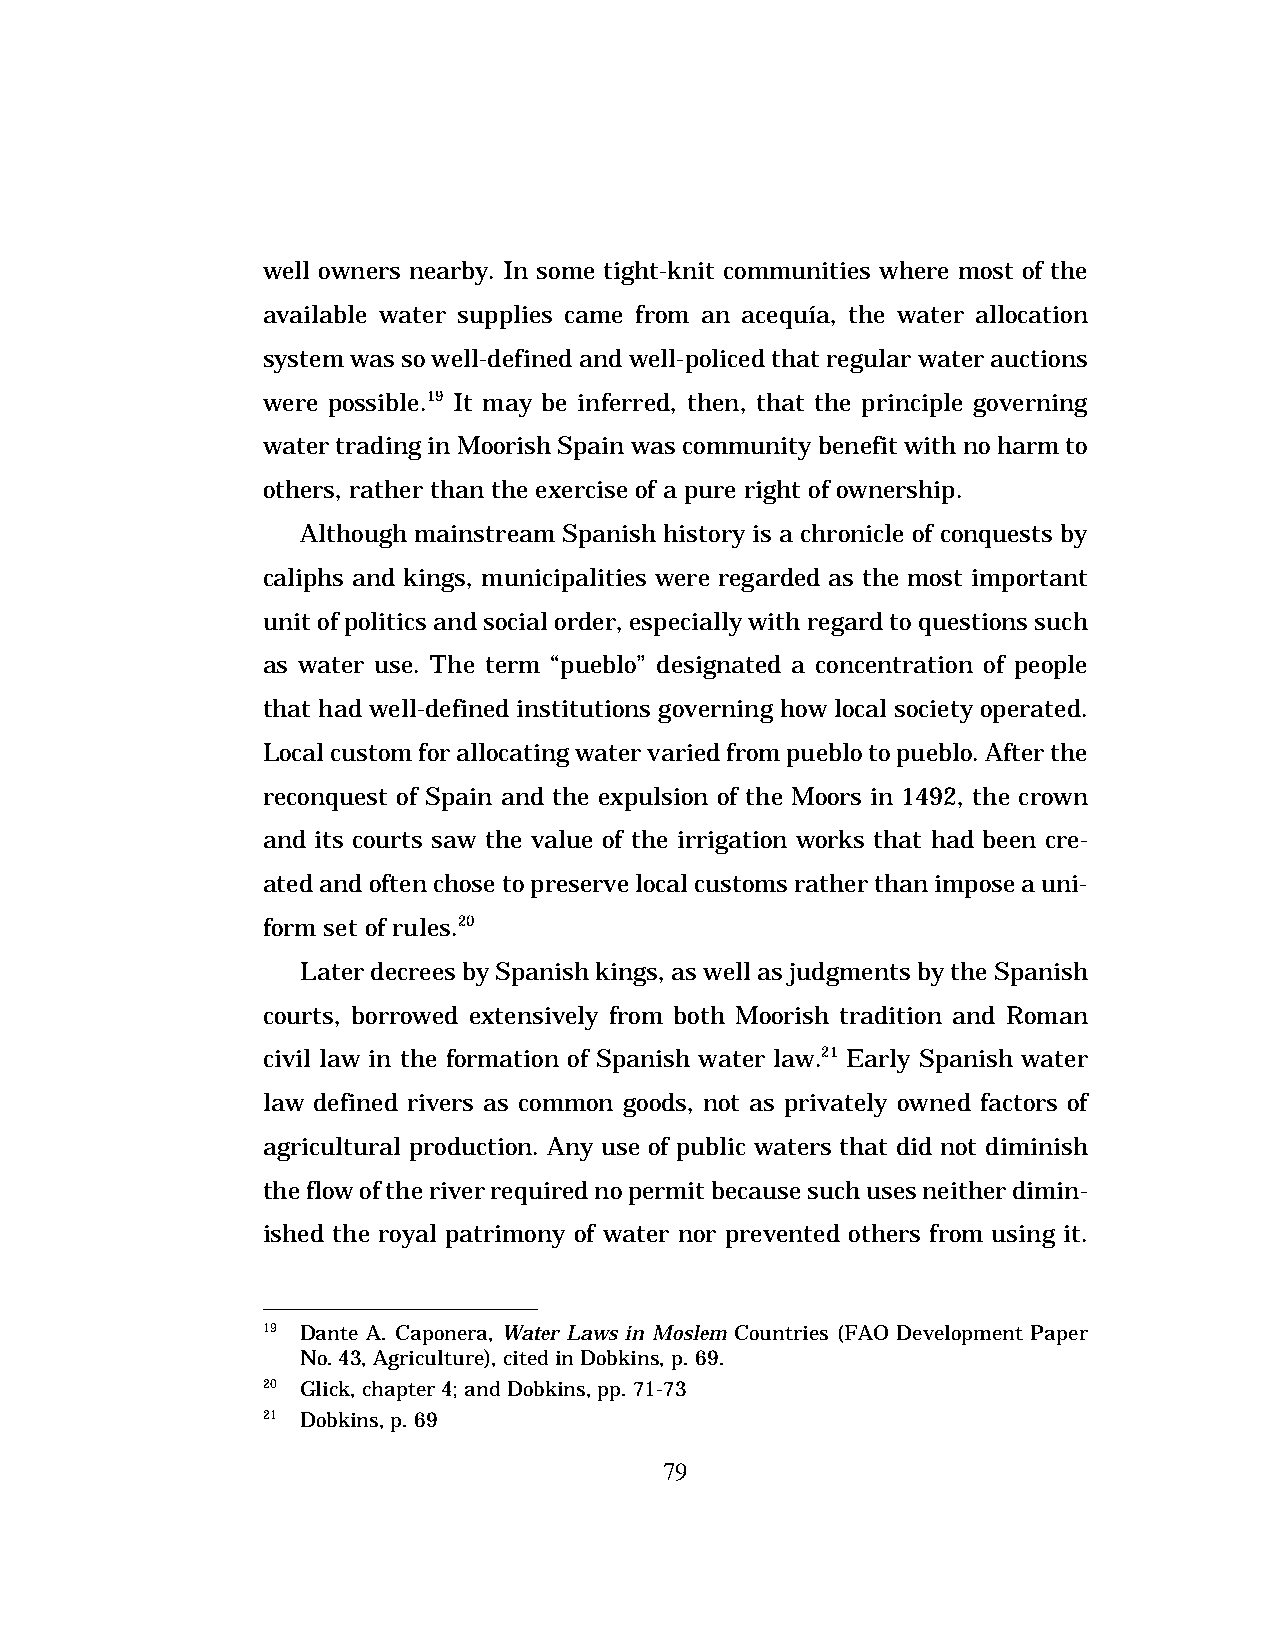
well owners nearby. In some tight-knit communities where most of the
 available water supplies came from an acequía, the water allocation
 system was so well-defined and well-policed that regular water auctions
 were possible.19 It may be inferred, then, that the principle governing
 water trading in Moorish Spain was community benefit with no harm to
 others, rather than the exercise of a pure right of ownership.
 Although mainstream Spanish history is a chronicle of conquests by
 caliphs and kings, municipalities were regarded as the most important
 unit of politics and social order, especially with regard to questions such
 as water use. The term “pueblo” designated a concentration of people
 that had well-defined institutions governing how local society operated.
 Local custom for allocating water varied from pueblo to pueblo. After the
 reconquest of Spain and the expulsion of the Moors in 1492, the crown
 and its courts saw the value of the irrigation works that had been cre-
 ated and often chose to preserve local customs rather than impose a uni-
 form set of rules.20
 Later decrees by Spanish kings, as well as judgments by the Spanish
 courts, borrowed extensively from both Moorish tradition and Roman
 civil law in the formation of Spanish water law.21 Early Spanish water
 law defined rivers as common goods, not as privately owned factors of
 agricultural production. Any use of public waters that did not diminish
 the flow of the river required no permit because such uses neither dimin-
 ished the royal patrimony of water nor prevented others from using it.
 19 Dante A. Caponera, Water Laws in Moslem Countries (FAO Development Paper
 No. 43, Agriculture), cited in Dobkins, p. 69.
 20 Glick, chapter 4; and Dobkins, pp. 71-73
 21 Dobkins, p. 69
 79